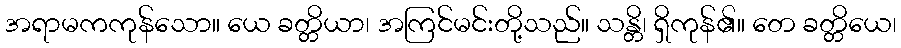
အရာမကကုန်သော။ ယေ ခတ္တိယာ၊ အကြင်မင်းတို့သည်။ သန္တိ၊ ရှိကုန်၏။ တေ ခတ္တိယေ၊